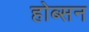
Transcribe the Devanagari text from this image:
होब्सन